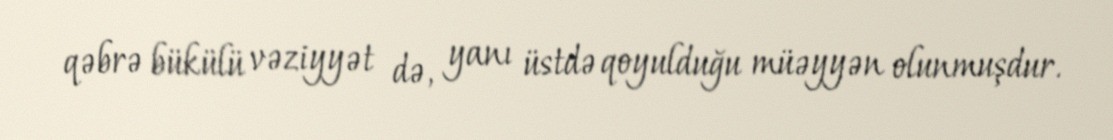
qəbrə bükülü vəziyyət də, yanı üstdə qoyulduğu müəyyən olunmuşdur.